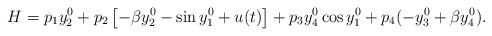
LaTeX: \begin{align*} H = p_1 y_2^0 + p_2 \left[- \beta y_2^0 - \sin y_1^0 + u(t)\right] + p_3 y_4^0 \cos y_1^0 + p_4 (- y_3^0 + \beta y_4^0). \end{align*}